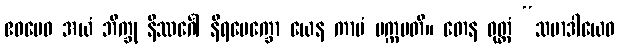
ဧဝမေဝ အယံ ဘိက္ခု နိဿင်္ဂေါ နိရပေက္ခော ယေန ကာမံ ပက္ကမတိ။ တေန ဝုတ္တံ “သမာဒါယေဝ